Vaccination report Assam 1896-1927 - 1896-1927
Year: 1896
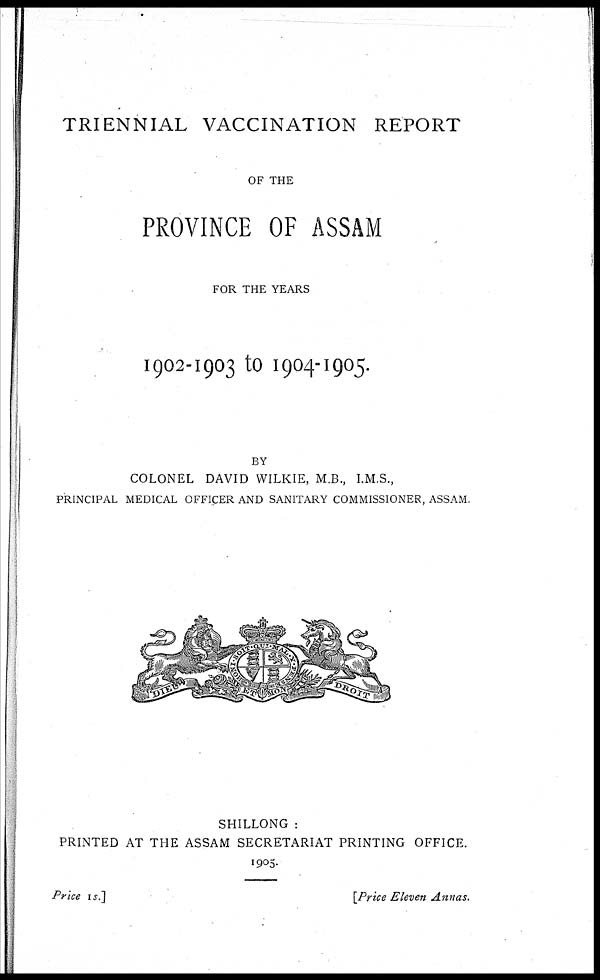
TRIENNIAL VACCINATION REPORT
OF THE
PROVINCE OF ASSAM
FOR THE YEARS
1902-1903 to 1904-1905.
BY
COLONEL DAVID WILKIE, M.B., I.M.S.,
PRINCIPAL MEDICAL OFFICER AND SANITARY COMMISSIONER, ASSAM.
SHILLONG :
PRINTED AT THE ASSAM SECRETARIAT PRINTING OFFICE.
1905.
Price 1s.]
[Price Eleven Annas.